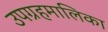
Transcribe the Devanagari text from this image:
उपग्रहमालिका